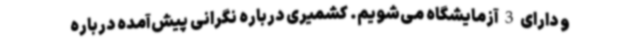
و دارای 3 آزمایشگاه می‌شویم. کشمیری درباره نگرانی پیش‌آمده درباره